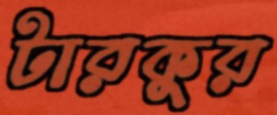
টারকুর